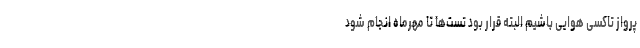
پرواز تاکسی هوایی باشیم البته قرار بود تست‌ها تا مهرماه انجام شود